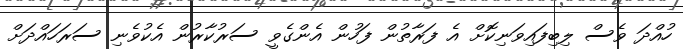
ހުއްދަ ވެސް ލިބިފައިވަނިކޮށް އެ ފަރާތުން ފަހުން އެންގެވީ ސަރުކާރުން އެކުވެނި ސަރަހައްދަށް